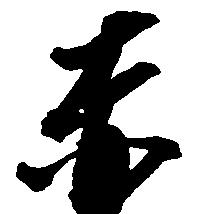
赤